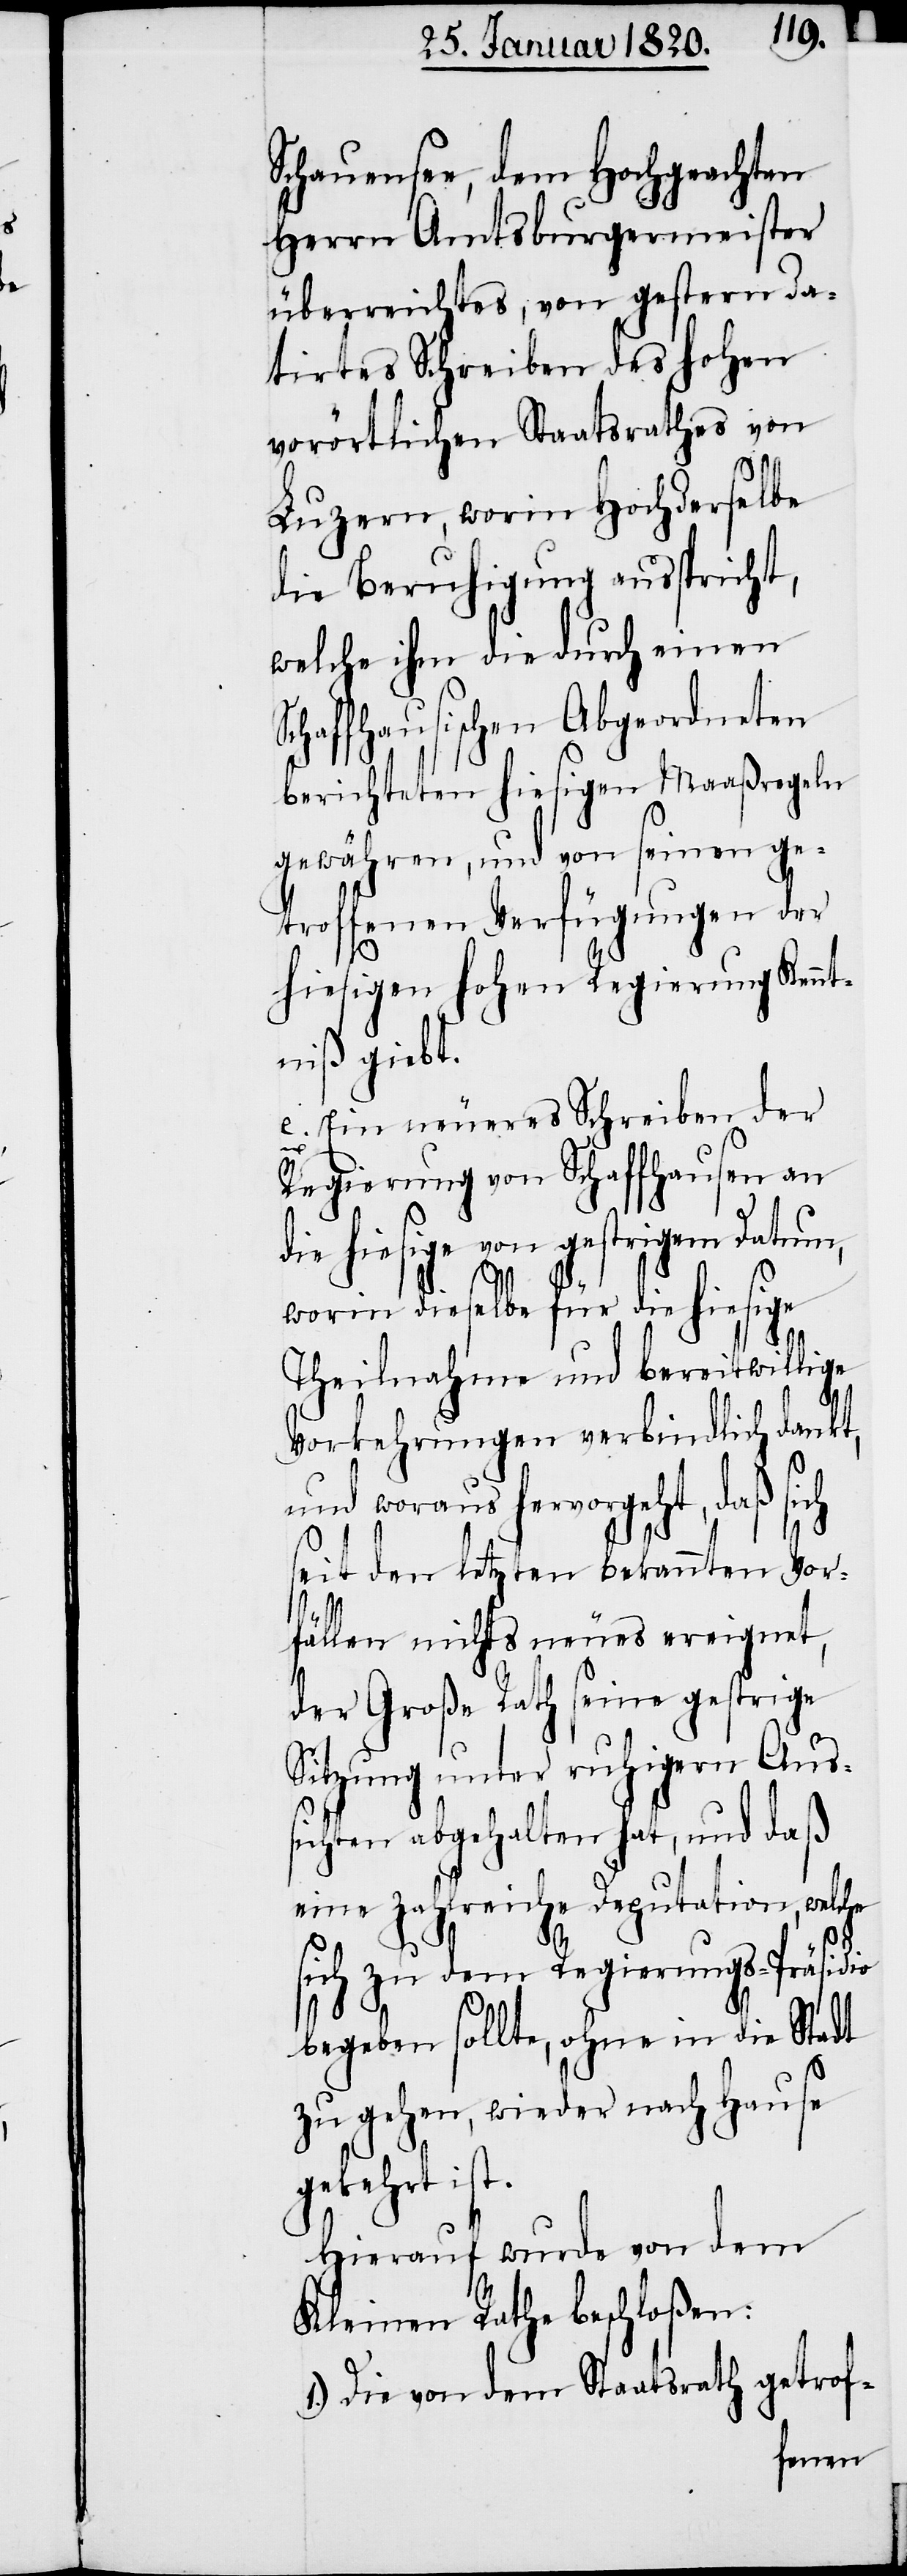
Schauensee, dem Hochgeachten
Herrn Amtsburgermeister
überreichtes, von gestern da¬
tirtes Schreiben des hohen
vorörtlichen Staatsrathes von
Luzern, worin Hochderselbe
die Beruhigung ausspricht,
welche ihm die durch einen
Schaffhausischen Abgeordneten
berichteten hiesigen Maaßregeln
gewähren, und von seinen ge¬
troffenen Verfügungen der
hiesigen hohen Regierung Kennt¬
niß giebt.
e. Ein neueres Schreiben der
Regierung von Schaffhausen an
die hiesige von gestrigem Datum,
worin dieselbe für die hiesige
Theilnahme und bereitwillige
Vorkehrungen verbindlich dankt,
und woraus hervorgeht, daß sich
seit den letzten bekannten Vor¬
fällen nichts neues ereignet,
der Große Rath seine gestrige
Sitzung unter ruhigern Aus¬
sichten abgehalten hat, und daß
eine zahlreiche Deputation, welche
sich zu dem Regierungs-Präsidio
begeben sollte, ohne in die Stadt
zu gehen, wieder nach Hause
gekehrt ist.
Hierauf wurde von dem
Kleinen Rathe beschloßen:
1.) Die von dem Staatsrath getrof-